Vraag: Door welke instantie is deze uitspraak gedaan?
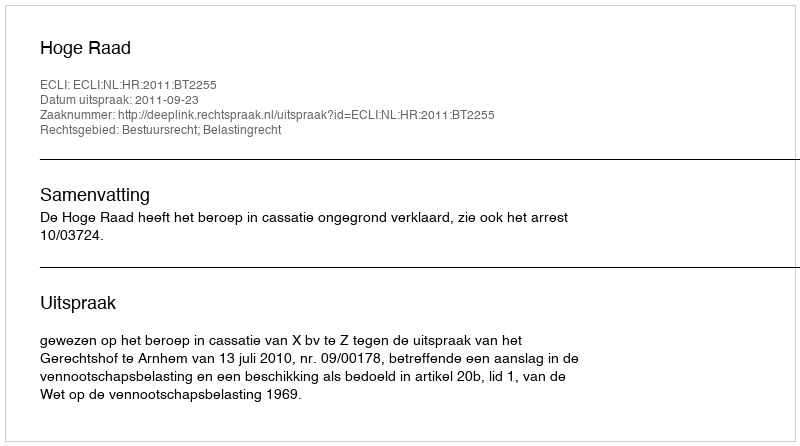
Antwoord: Hoge Raad